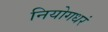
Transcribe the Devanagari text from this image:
नियोगधरं